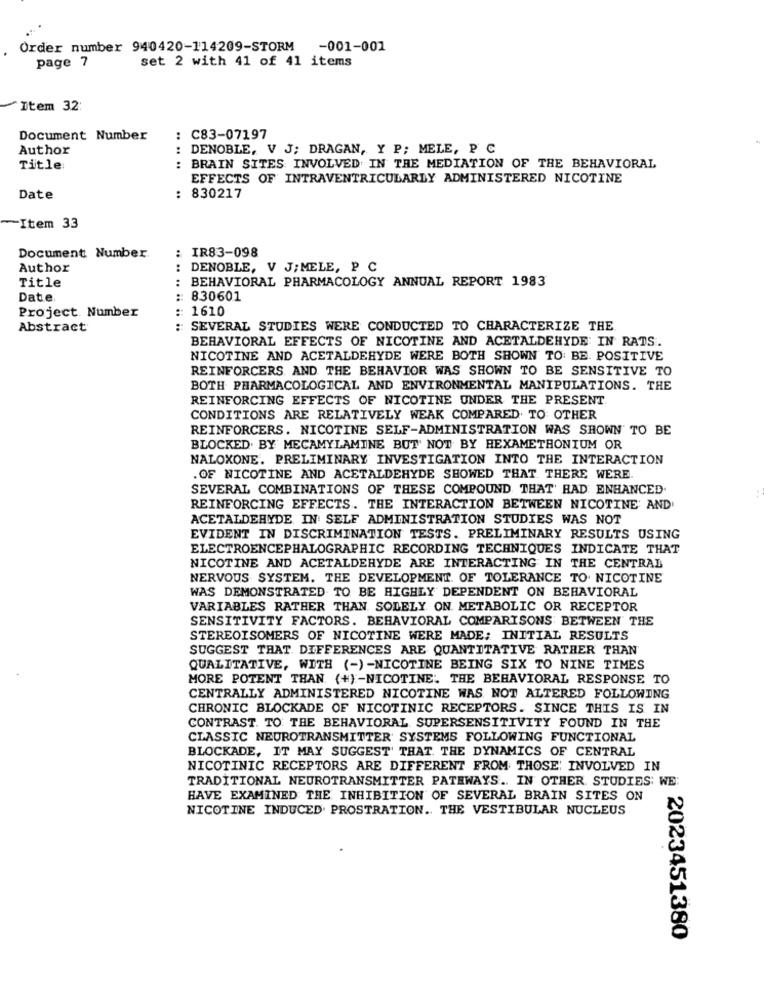
Order number 940420-114209-STORM -001-001
page 7
set 2 with 41 of 41 items
Item 32:
Document Number
: C83-07197
Author
:
DENOBLE, V J; DRAGAN, Y P; MELE, P C
Title:
:
BRAIN SITES INVOLVED IN THE MEDIATION OF THE BEHAVIORAL
EFFECTS OF INTRAVENTRICULARLY ADMINISTERED NICOTINE
Date
: 830217
-Item 33
: IR83-098
Document Number.
Author
:
DENOBLE, V J; MELE, P C
Title
: BEHAVIORAL PHARMACOLOGY ANNUAL REPORT 1983
Date
:830601
Project. Number
:: 1610
Abstract
: SEVERAL STUDIES WERE CONDUCTED TO CHARACTERIZE THE
BEHAVIORAL EFFECTS OF NICOTINE AND ACETALDEHYDE IN RATS.
NICOTINE AND ACETALDEHYDE WERE BOTH SHOWN TO: BE. POSITIVE
REINFORCERS AND THE BEHAVIOR WAS SHOWN TO BE SENSITIVE TO
BOTH PHARMACOLOGICAL AND ENVIRONMENTAL MANIPULATIONS. THE
REINFORCING EFFECTS OF NICOTINE UNDER THE PRESENT.
CONDITIONS ARE RELATIVELY WEAK COMPARED TO OTHER
REINFORCERS. NICOTINE SELF-ADMINISTRATION WAS SHOWN TO BE
BLOCKED. BY MECAMYLAMINE BUT NOT BY HEXAMETHONIUM OR
NALOXONE. PRELIMINARY INVESTIGATION INTO THE INTERACTION
.OF NICOTINE AND ACETALDEHYDE SHOWED THAT THERE WERE.
SEVERAL COMBINATIONS OF THESE COMPOUND THAT' RAD ENHANCED.
REINFORCING EFFECTS. THE INTERACTION BETWEEN NICOTINE AND
ACETALDEHYDE IN SELF ADMINISTRATION STUDIES WAS NOT
EVIDENT IN DISCRIMINATION TESTS. PRELIMINARY RESULTS USING
ELECTROENCEPHALOGRAPHIC RECORDING TECHNIQUES INDICATE THAT
NICOTINE AND ACETALDEHYDE ARE INTERACTING IN THE CENTRAL
NERVOUS SYSTEM. THE DEVELOPMENT. OF TOLERANCE TO. NICOTINE
WAS DEMONSTRATED TO BE HIGHLY DEPENDENT ON BEHAVIORAL
VARIABLES RATHER THAN SOLELY ON. METABOLIC OR RECEPTOR
SENSITIVITY FACTORS. BEHAVIORAL COMPARISONS BETWEEN THE
STEREOISOMERS OF NICOTINE WERE MADE; INITIAL RESULTS
SUGGEST THAT DIFFERENCES ARE QUANTITATIVE RATHER THAN
QUALITATIVE, WITH (-) -NICOTINE BEING SIX TO NINE TIMES
MORE POTENT THAN (+) -NICOTINE. THE BEHAVIORAL RESPONSE TO
CENTRALLY ADMINISTERED NICOTINE WAS NOT ALTERED FOLLOWING
CHRONIC BLOCKADE OF NICOTINIC RECEPTORS. SINCE THIS IS IN
CONTRAST. TO: THE BEHAVIORAL SUPERSENSITIVITY FOUND IN THE
CLASSIC NEUROTRANSMITTER SYSTEMS FOLLOWING FUNCTIONAL
BLOCKADE, IT MAY SUGGEST THAT. THE DYNAMICS OF CENTRAL
NICOTINIC RECEPTORS ARE DIFFERENT FROM THOSE INVOLVED IN
TRADITIONAL NEUROTRANSMITTER PATHWAYS .. IN OTHER STUDIES: WE:
HAVE EXAMINED THE INHIBITION OF SEVERAL BRAIN SITES ON
NICOTINE INDUCED. PROSTRATION .. THE VESTIBULAR NUCLEUS
: 2023451380